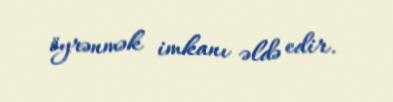
öyrənmək imkanı əldə edir.